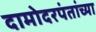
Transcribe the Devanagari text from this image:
दामोदरपंतांच्या